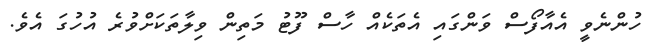
ހުންނެވީ އެއާފޯސް ވަންގައި އެތަކެއް ހާސް ފޫޓު މަތިން ވިލާތަކަށްވުރެ އުހުގަ އެވެ.